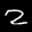
Label: 2